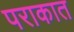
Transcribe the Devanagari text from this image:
पराकात